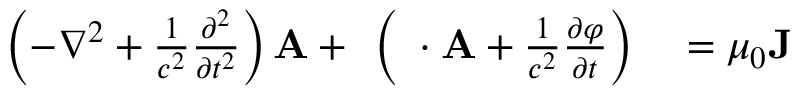
\begin{array} { r l } { \left( - \nabla ^ { 2 } + { \frac { 1 } { c ^ { 2 } } } { \frac { \partial ^ { 2 } } { \partial t ^ { 2 } } } \right) \mathbf { A } + \mathbf { \nabla } \left( \mathbf { \nabla } \cdot \mathbf { A } + { \frac { 1 } { c ^ { 2 } } } { \frac { \partial \varphi } { \partial t } } \right) } & { { } = \mu _ { 0 } \mathbf { J } } \end{array}